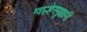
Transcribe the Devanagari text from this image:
ग्वाल्हेरमुक्कामी